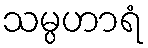
သမ္ပဟာရံ